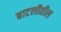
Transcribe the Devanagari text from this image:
बाटलीतील